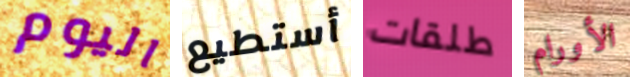
اليوم أستطيع طلقات الأورام